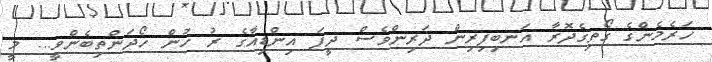
ހަރެމެންގެ ގޯތިގެދޮރާ އަނބިފިރިން ދަރިންވެސް ދީފަ އިންޑިއާގެ ރު ހުން ހޯދަންތިބެންވީ... މީ